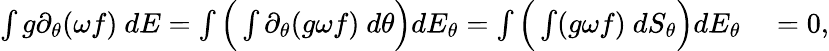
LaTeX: \begin{array}{rl}{\int g\partial_{\theta}(\omega f)\ dE=\int\Big(\int\partial_{\theta}(g\omega f)\ d\theta\Big)dE_{\theta}=\int\Big(\int(g\omega f)\ dS_{\theta}\Big)dE_{\theta}}&{{}=0,}\end{array}